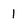
Character: 1